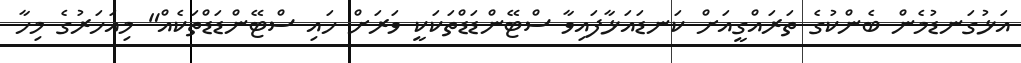
އަޅުގަނޑުމެން ބެންކުގެ ތަރައްގީއަށް ކަނޑައަޅާފައިވާ ސްޓޭންޑަަޑްތަކަކީ ވަރަށް ހައި ސްޓޭންޑަޑްތަކެއް" މިއަހަރުގެ މިހާ